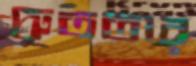
দ্রুততার